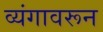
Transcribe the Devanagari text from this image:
व्यंगावरून